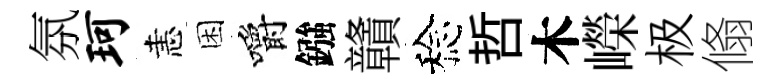
氛珂恚困嚼鏹贛稔哲木嶸极翛